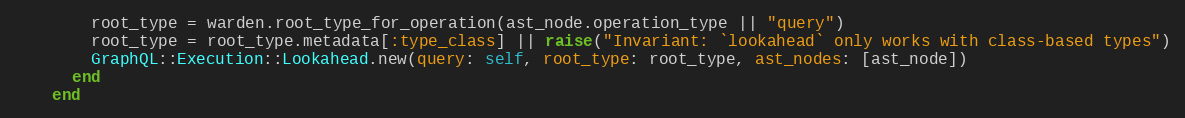
Language: Ruby
        root_type = warden.root_type_for_operation(ast_node.operation_type || "query")
        root_type = root_type.metadata[:type_class] || raise("Invariant: `lookahead` only works with class-based types")
        GraphQL::Execution::Lookahead.new(query: self, root_type: root_type, ast_nodes: [ast_node])
      end
    end